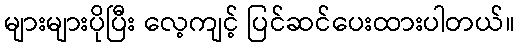
များများပိုပြီး လေ့ကျင့် ပြင်ဆင်ပေးထားပါတယ်။